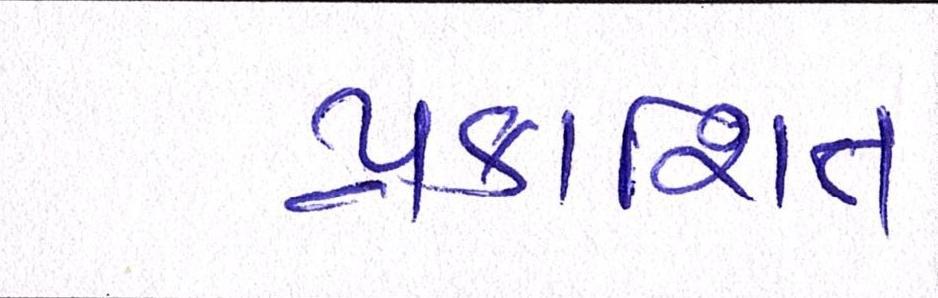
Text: પ્રકાશિત